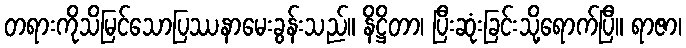
တရားကိုသိမြင်သောပြဿနာမေးခွန်းသည်။ နိဋ္ဌိတာ၊ ပြီးဆုံးခြင်းသို့ရောက်ပြီ။ ရာဇာ၊